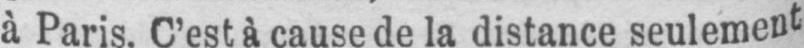
à Paris. C’est à cause de la distance seulement